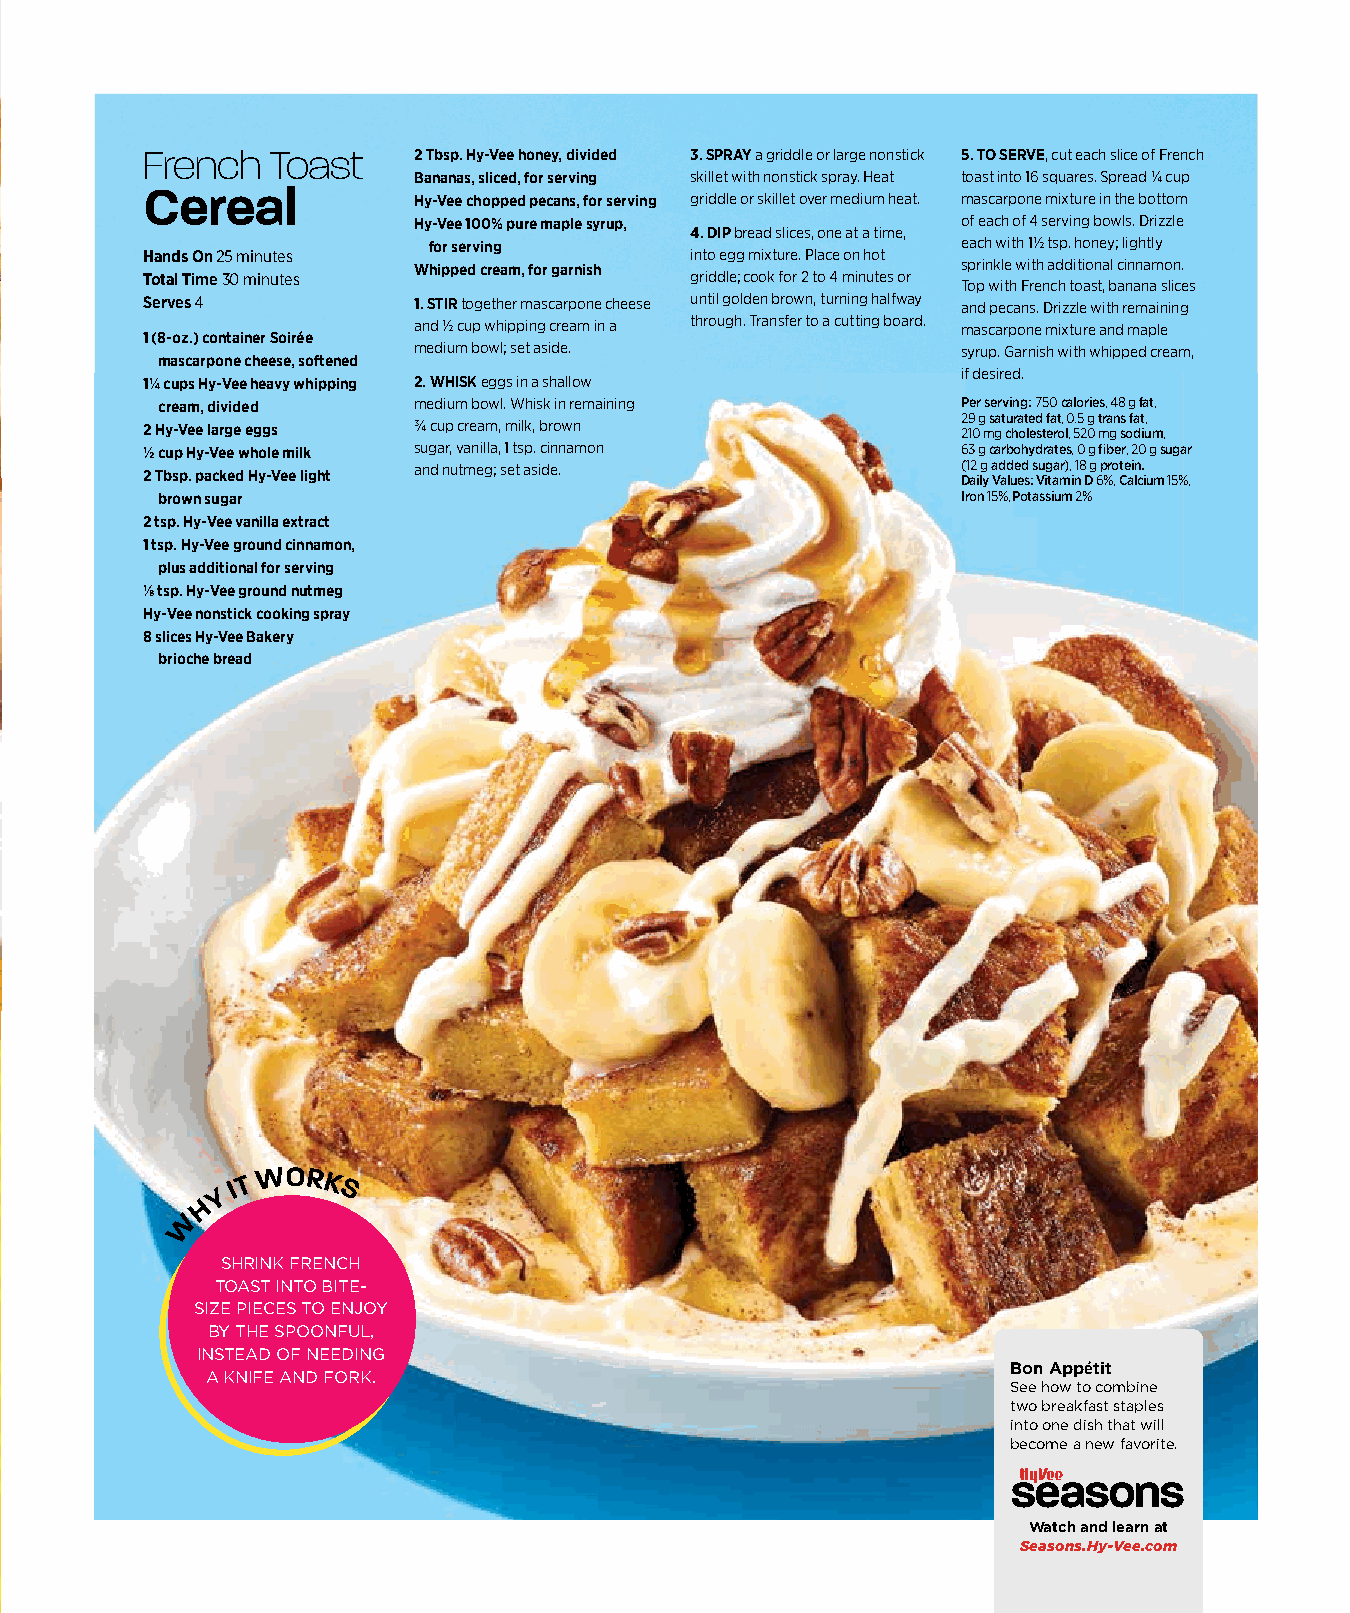
French   Toast    2 Tbsp. Hy-Vee honey, divided 3. SPRAY a griddle or large nonstick 5. TO SERVE,cut each slice of French
 Bananas, sliced, for serving skillet with nonstick spray. Heat toast into 16 squares. Spread ¼ cup
 Cereal            Hy-Vee chopped pecans, for serving griddle or skillet over medium heat. mascarpone mixture in the bottom
 Hy-Vee 100% pure maple syrup,        of each of 4 serving bowls. Drizzle
 4. DIP bread slices, one at a time,
 for serving                         each with 1½ tsp. honey; lightly
 Hands On 25 minutes                  into egg mixture. Place on hot
 Whipped cream, for garnish           sprinkle with additional cinnamon.
 Total Time 30 minutes                griddle; cook for 2 to 4 minutes or
 Top with French toast, banana slices
 Serves 4          1. STIR together mascarpone cheese until golden brown, turning halfway and pecans. Drizzle with remaining
 and ½ cup whipping cream in a through. Transfer to a cutting board. mascarpone mixture and maple
 1 (8-oz.) container Soirée
 medium bowl; set aside.              syrup. Garnish with whipped cream,
 mascarpone cheese, softened
 if desired.
 1¼ cups Hy-Vee heavy whipping 2. WHISK eggs in a shallow
 cream, divided   medium bowl. Whisk in remaining      Per serving: 750 calories, 48 g fat,
 29 g saturated fat, 0.5 g trans fat,
 2 Hy-Vee large eggs ¾ cup cream, milk, brown           210 mg cholesterol, 520 mg sodium,
 ½ cup Hy-Vee whole milk sugar, vanilla, 1 tsp. cinnamon 63 g carbohydrates, 0 g fi ber, 20 g sugar
 and nutmeg; set aside.               (12 g added sugar), 18 g protein.
 2 Tbsp. packed Hy-Vee light                            Daily Values: Vitamin D 6%, Calcium 15%,
 brown sugar                                           Iron 15%, Potassium 2%
 2 tsp. Hy-Vee vanilla extract
 1 tsp. Hy-Vee ground cinnamon,
 plus additional for serving
 ⅛ tsp. Hy-Vee ground nutmeg
 Hy-Vee nonstick cooking spray
 8 slices Hy-Vee Bakery
 brioche bread
 Y
 IT
 WORK
 S
 H
 W
 SHRINK FRENCH
 TOAST INTO BITE-
 SIZE PIECES TO ENJOY
 BY THE SPOONFUL,
 INSTEAD OF NEEDING
 Bon Appétit
 A KNIFE AND FORK.
 See how to combine
 two breakfast staples
 into one dish that will
 become a new favorite.
 Watch and learn at
 Seasons.Hy-Vee.com
 005522--005577 FFoooodd GGoonnee VViirraall__1111..2299..iinndddd 5577           1111//3300//2211 1100::4400 AAMM